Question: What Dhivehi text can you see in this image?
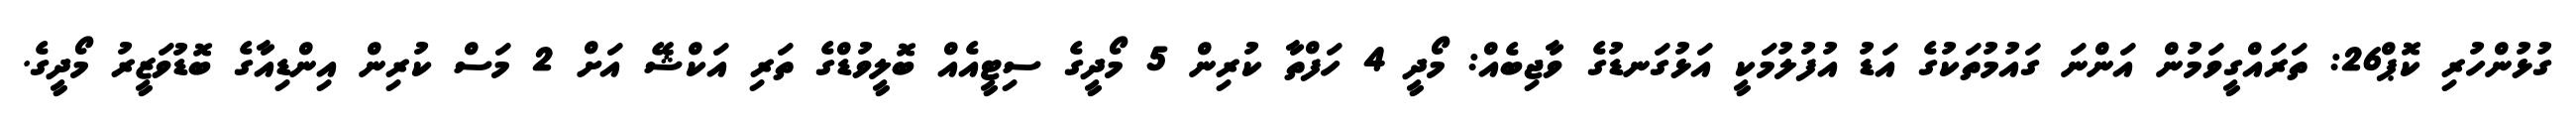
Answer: ގުޅުންހުރި ކޮޕް26: ތަރައްގީވަމުން އަންނަ ގައުމުތަކުގެ އަޑު އުފުލުމަކީ އަޅުގަނޑުގެ ވާޖިބެއް: މޯދީ 4 ހަފްތާ ކުރިން 5 މޯދީގެ ސިޓީއެއް ބޮލީވުޑްގެ ތަރި އަކްޝޭ އަށް 2 މަސް ކުރިން އިންޑިއާގެ ބޮޑުވަޒީރު މޯދީގެ.